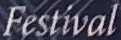
Festival